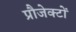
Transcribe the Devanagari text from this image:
प्रौजेक्टों